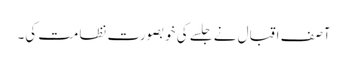
آصف اقبال نے جلسے کی خوبصورت نظامت کی۔